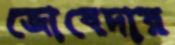
জোবেদার